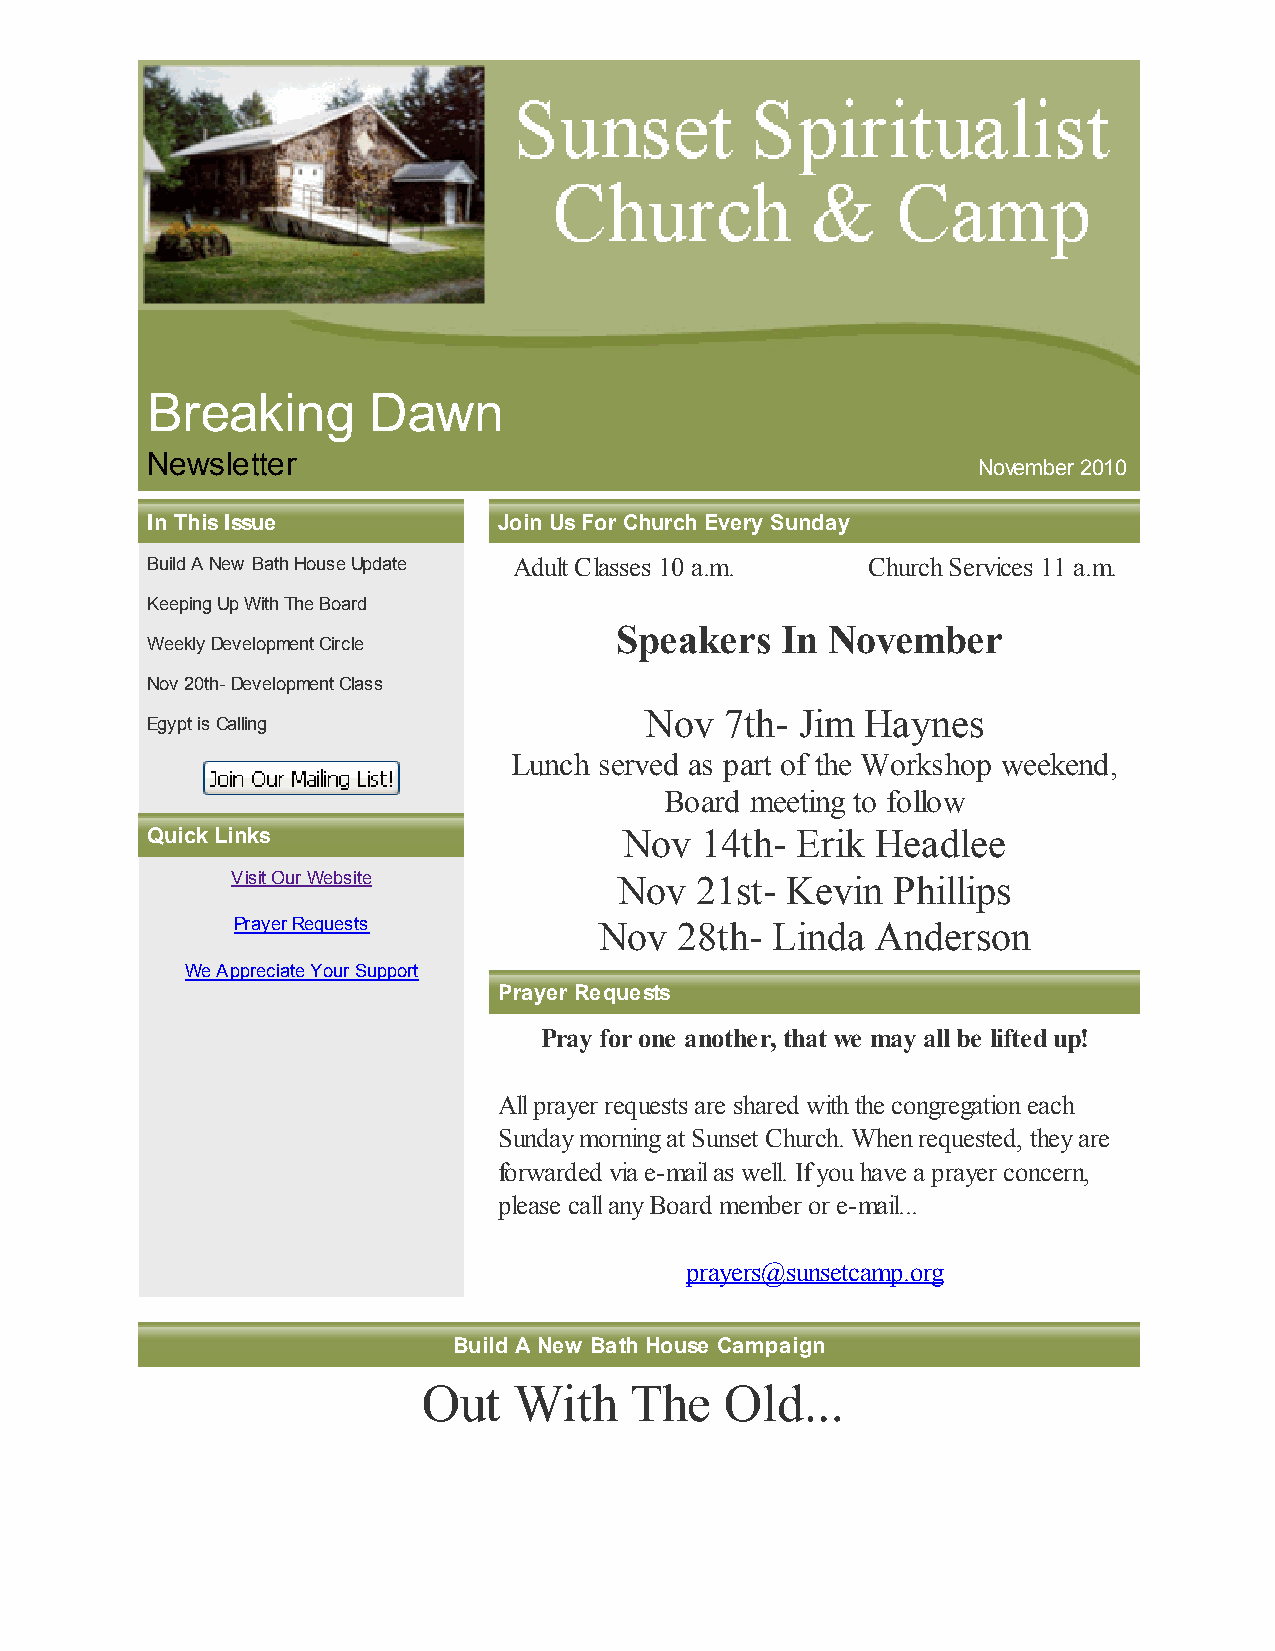
Breaking      Dawn
 Newsletter
 November 2010
 In This Issue          Join Us For Church Every Sunday
 Build A New Bath House Update Adult Classes 10 a.m. Church Services 11 a.m.
 Keeping Up With The Board
 Speakers   In November
 Weekly Development Circle
 Nov 20th- Development Class
 Nov  7th- Jim Haynes
 Egypt is Calling
 Lunch served as part of the Workshop weekend,
 Board meeting to follow
 Quick Links                    Nov  14th-  Erik Headlee
 Visit Our Website         Nov  21st- Kevin  Phillips
 Prayer Requests          Nov  28th- Linda  Anderson
 We Appreciate Your Support
 Prayer Requests
 Pray for one another, that we may all be lifted up!
 All prayer requests are shared with the congregation each
 Sunday morning at Sunset Church. When requested, they are
 forwarded via e-mail as well. If you have a prayer concern,
 please call any Board member or e-mail...
 prayers@sunsetcamp.org
 Build A New Bath House Campaign
 Out   With    The   Old...